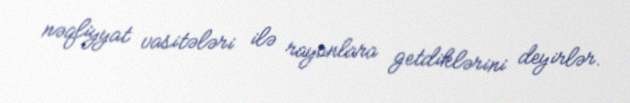
nəqliyyat vasitələri ilə rayonlara getdiklərini deyirlər.